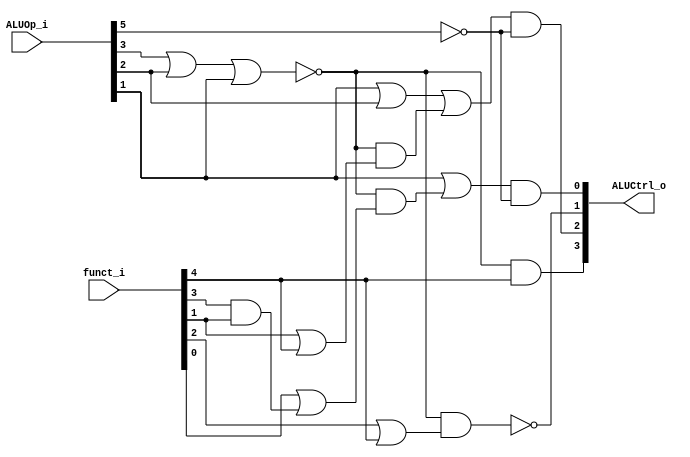
//0713125
module ALU_Control(
                   input [6-1:0] funct_i,
                   input [6-1:0] ALUOp_i,
                   output reg [4-1:0] ALUCtrl_o
                   );

always@(*)begin
	ALUCtrl_o[0] = (ALUOp_i[1] | (~(ALUOp_i[3] | ALUOp_i[2] | ALUOp_i[1]) & (funct_i[0] | (funct_i[3] & funct_i[1])))) & ~ALUOp_i[5];
	ALUCtrl_o[1] = ~(~(ALUOp_i[3] | ALUOp_i[2] | ALUOp_i[1]) & (funct_i[2] | funct_i[4]));
	ALUCtrl_o[2] = (ALUOp_i[1] | ALUOp_i[2] | (~(ALUOp_i[3] | ALUOp_i[2] | ALUOp_i[1]) & (funct_i[1] | funct_i[4]))) & ~ALUOp_i[5];
	ALUCtrl_o[3] = ~(ALUOp_i[3] | ALUOp_i[2] | ALUOp_i[1]) & funct_i[4];
end

endmodule